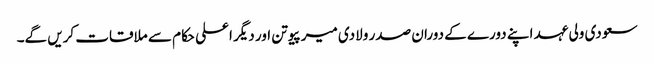
سعودی ولی عہد اپنے دورے کے دوران صدر ولادی میر پیوتن اور دیگر اعلی حکام سے ملاقات کریں گے۔